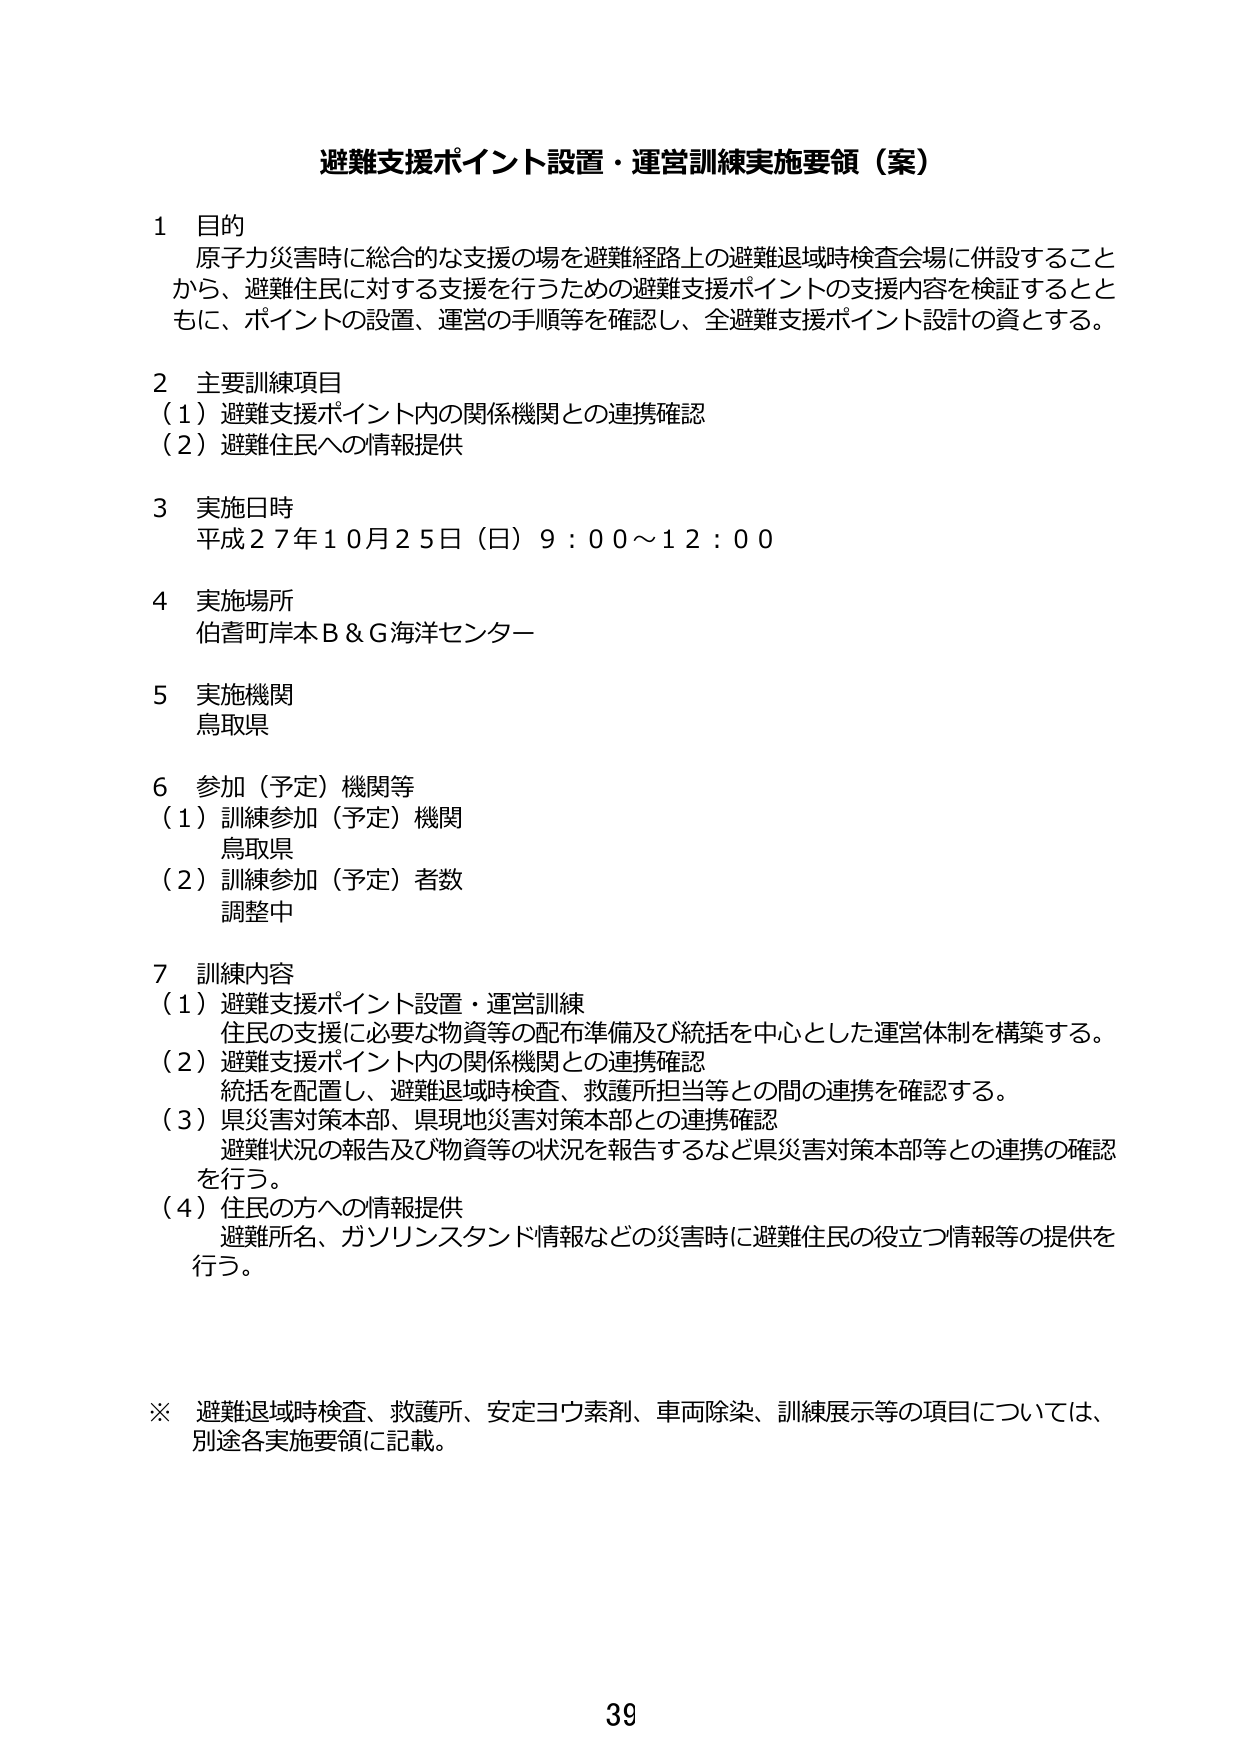
避難支援ポイント設置・運営訓練実施要領（案）

1 目的
原子力災害時に総合的な支援の場を避難経路上の避難退域時検査会場に併設すること
から、避難住民に対する支援を行うための避難支援ポイントの支援内容を検証するとと
もに、ポイントの設置、運営の手順等を確認し、全避難支援ポイント設計の資とする。

2 主要訓練項目
（1）避難支援ポイント内の関係機関との連携確認
（2）避難住民への情報提供

3 実施日時
平成27年10月25日（日）9：00～12：00

4 実施場所
伯耆町岸本B＆G海洋センター

5 実施機関
鳥取県

6 参加（予定）機関等
（1）訓練参加（予定）機関
　鳥取県
（2）訓練参加（予定）者数
　調整中

7 訓練内容
（1）避難支援ポイント設置・運営訓練
　住民の支援に必要な物資等の配布準備及び統括を中心とした運営体制を構築する。
（2）避難支援ポイント内の関係機関との連携確認
　統括を配置し、避難退域時検査、救護所担当等との間の連携を確認する。
（3）県災害対策本部、県現地災害対策本部との連携確認
　避難状況の報告及び物資等の状況を報告するなど県災害対策本部等との連携の確認
　を行う。
（4）住民の方への情報提供
　避難所名、ガソリンスタンド情報などの災害時に避難住民の役立つ情報等の提供を
　行う。

※ 避難退域時検査、救護所、安定ヨウ素剤、車両除染、訓練展示等の項目については、
　別途各実施要領に記載。

39